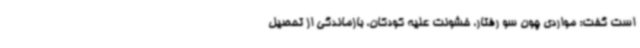
است گفت: مواردی چون سو رفتار، خشونت علیه کودکان، بازماندگی از تحصیل